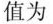
值为